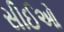
સીઈઓ